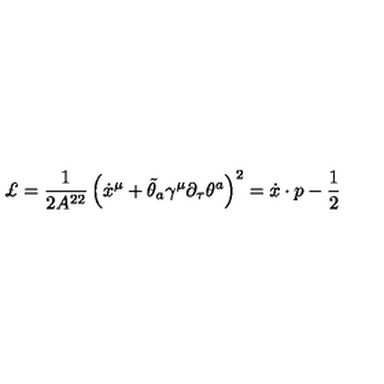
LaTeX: \pounds = \frac { 1 } { 2 A ^ { 2 2 } } \left( \dot { x } ^ { \mu } + \tilde { \theta } _ { a } \gamma ^ { \mu } \partial _ { \tau } \theta ^ { a } \right) ^ { 2 } = \dot { x } \cdot p - \frac { 1 } { 2 }